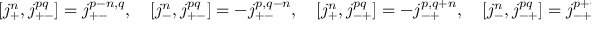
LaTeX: [ j _ { + } ^ { n } , j _ { + - } ^ { p q } ] = j _ { + - } ^ { p - n , q } , \quad [ j _ { - } ^ { n } , j _ { + - } ^ { p q } ] = - j _ { + - } ^ { p , q - n } , \quad [ j _ { + } ^ { n } , j _ { - + } ^ { p q } ] = - j _ { - + } ^ { p , q + n } , \quad [ j _ { - } ^ { n } , j _ { - + } ^ { p q } ] = j _ { - + } ^ { p + n , q }